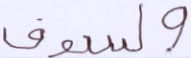
ولسوف